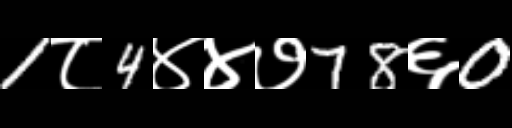
Text: 1८4४४७78६0